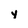
Character: y